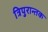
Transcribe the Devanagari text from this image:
त्रिपुरान्तक